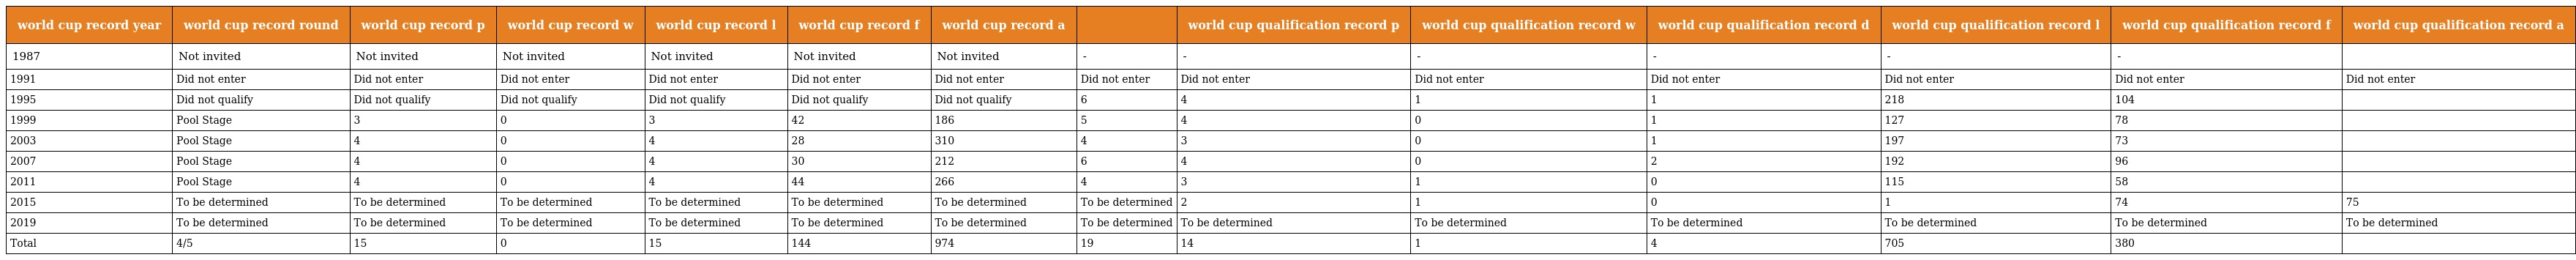
| world cup record year | world cup record round | world cup record p | world cup record w | world cup record l | world cup record f | world cup record a |  | world cup qualification record p | world cup qualification record w | world cup qualification record d | world cup qualification record l | world cup qualification record f | world cup qualification record a |
 | --- | --- | --- | --- | --- | --- | --- | --- | --- | --- | --- | --- | --- | --- |
 | 1987 | Not invited | Not invited | Not invited | Not invited | Not invited | Not invited | - | - | - | - | - | - |  |
 | 1991 | Did not enter | Did not enter | Did not enter | Did not enter | Did not enter | Did not enter | Did not enter | Did not enter | Did not enter | Did not enter | Did not enter | Did not enter | Did not enter |
 | 1995 | Did not qualify | Did not qualify | Did not qualify | Did not qualify | Did not qualify | Did not qualify | 6 | 4 | 1 | 1 | 218 | 104 |  |
 | 1999 | Pool Stage | 3 | 0 | 3 | 42 | 186 | 5 | 4 | 0 | 1 | 127 | 78 |  |
 | 2003 | Pool Stage | 4 | 0 | 4 | 28 | 310 | 4 | 3 | 0 | 1 | 197 | 73 |  |
 | 2007 | Pool Stage | 4 | 0 | 4 | 30 | 212 | 6 | 4 | 0 | 2 | 192 | 96 |  |
 | 2011 | Pool Stage | 4 | 0 | 4 | 44 | 266 | 4 | 3 | 1 | 0 | 115 | 58 |  |
 | 2015 | To be determined | To be determined | To be determined | To be determined | To be determined | To be determined | To be determined | 2 | 1 | 0 | 1 | 74 | 75 |
 | 2019 | To be determined | To be determined | To be determined | To be determined | To be determined | To be determined | To be determined | To be determined | To be determined | To be determined | To be determined | To be determined | To be determined |
 | Total | 4/5 | 15 | 0 | 15 | 144 | 974 | 19 | 14 | 1 | 4 | 705 | 380 |  |